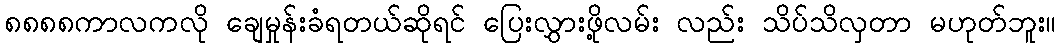
၈၈၈၈ကာလကလို ချေမှုန်းခံရတယ်ဆိုရင် ပြေးလွှားဖို့လမ်း လည်း သိပ်သိလှတာ မဟုတ်ဘူး။